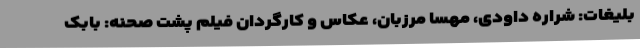
بلیغات: شراره داودی، مهسا مرزبان، عکاس و کارگردان فیلم پشت صحنه: بابک